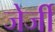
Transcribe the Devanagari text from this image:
जेर्जी